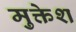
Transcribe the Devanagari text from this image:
मुक्तेश